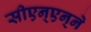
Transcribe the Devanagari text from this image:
सीएन्‌एन्‌ने